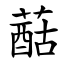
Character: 䔯